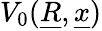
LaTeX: V_{0}(\underline{{R}},\underline{{x}})